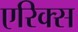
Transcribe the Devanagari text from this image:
एरिक्स